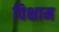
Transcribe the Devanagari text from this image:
विक्षाम